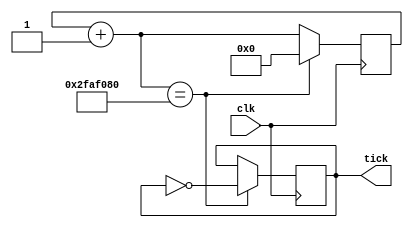
module tick_generator #(
	parameter tick_time = 32'd1000,
	parameter frequency = 32'd100000
	)(
	input wire clk,
	output reg tick);

	reg [32:0] count;
	reg [32:0] count_threshold = tick_time * frequency / 2;
	
	initial begin
		tick = 1'b0;
		count = 32'b0;
	end

	always @(posedge(clk)) begin
		count = count + 1;
		if(count == count_threshold) begin
			count = 0;
			tick = ~ tick;
		end
	end

endmodule